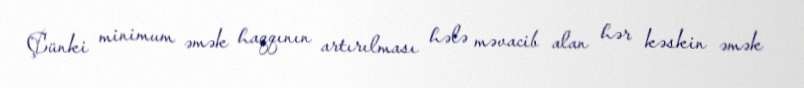
Çünki minimum əmək haqqının artırılması hələ məvacib alan hər kəskin əmək